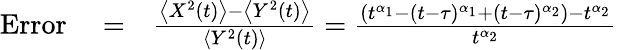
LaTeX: \begin{array}{rlr}{\mathrm{Error}}&{{}=}&{\frac{\left<X^{2}(t)\right>-\left<Y^{2}(t)\right>}{\left<Y^{2}(t)\right>}=\frac{\left(t^{\alpha_{1}}-(t-\tau)^{\alpha_{1}}+(t-\tau)^{\alpha_{2}}\right)-t^{\alpha_{2}}}{t^{\alpha_{2}}}}\end{array}